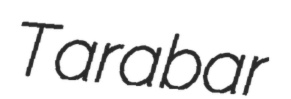
Tarabar